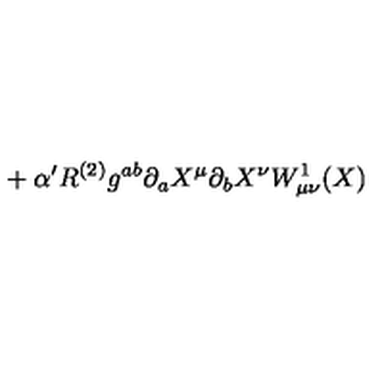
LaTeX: { } + \alpha ^ { \prime } R ^ { ( 2 ) } g ^ { a b } \partial _ { a } X ^ { \mu } \partial _ { b } X ^ { \nu } W _ { \mu \nu } ^ { 1 } ( X )